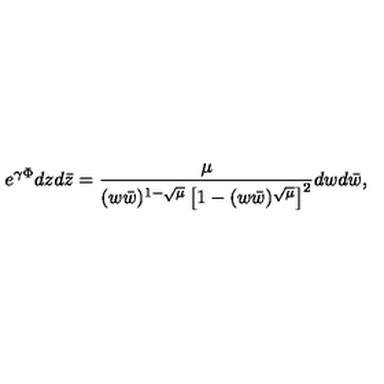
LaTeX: e ^ { \gamma \Phi } d z d \bar { z } = \frac { \mu } { ( w \bar { w } ) ^ { 1 - \sqrt { \mu } } \left[ 1 - ( w \bar { w } ) ^ { \sqrt { \mu } } \right] ^ { 2 } } d w d \bar { w } ,